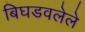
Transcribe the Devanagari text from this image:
बिघडवलेले